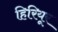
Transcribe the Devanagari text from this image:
हिरियूर